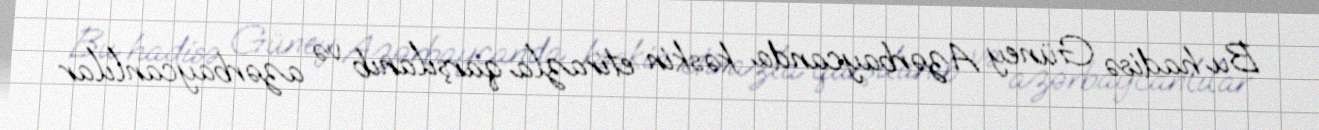
Bu hadisə Güney Azərbaycanda kəskin etirazla qarşılanıb və azərbaycanlılar